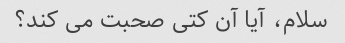
سلام، آیا آن کتی صحبت می کند؟